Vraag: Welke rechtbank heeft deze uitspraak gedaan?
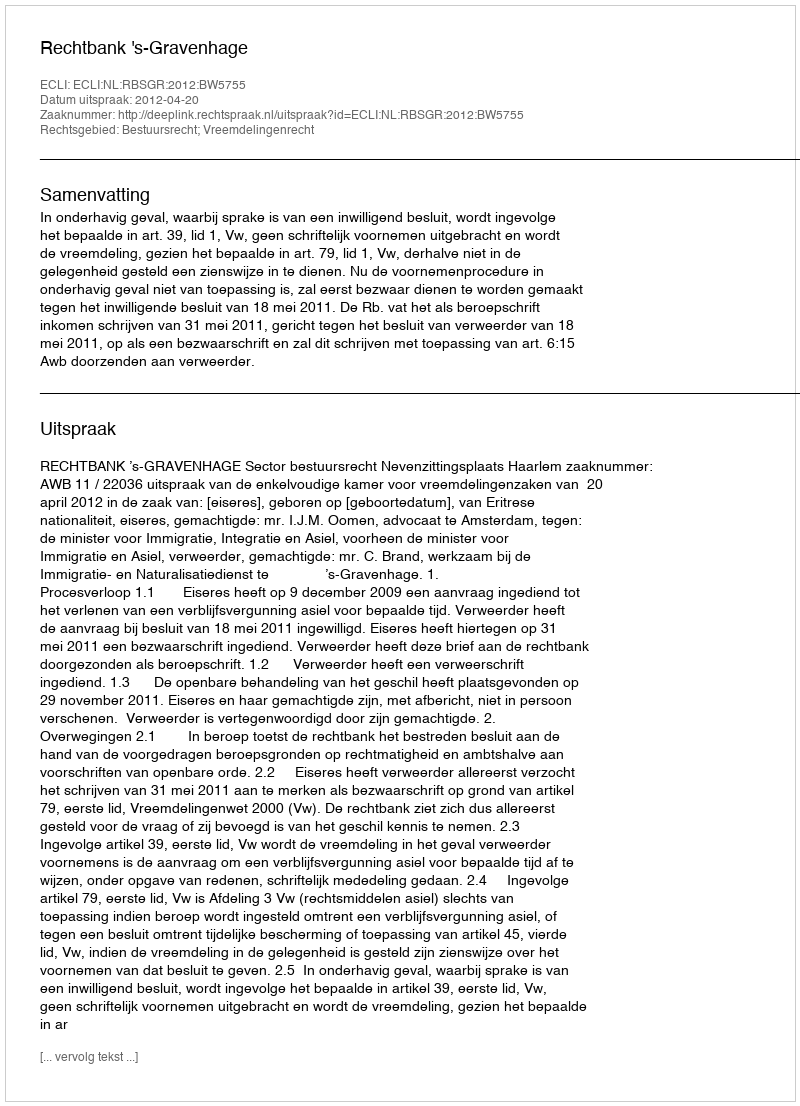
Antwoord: Rechtbank 's-Gravenhage